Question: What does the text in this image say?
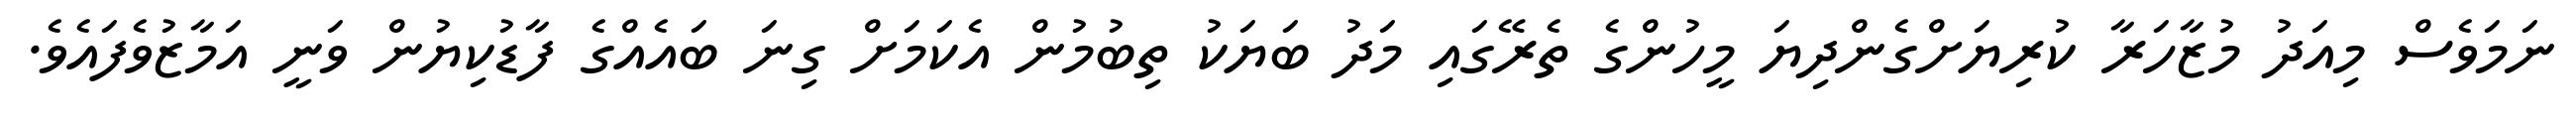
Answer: ނަމަވެސް މިއަދު މުޒާހަރާ ކުރިޔަށްގެންދިޔަ މީހުންގެ ތެރޭގައި މަދު ބަޔަކު ތިބުމުން އެކަމަށް ގިނަ ބައެއްގެ ފާޑުކިޔުން ވަނީ އަމާޒުވެފައެވެ.